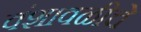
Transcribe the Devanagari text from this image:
वंशावळीचे